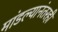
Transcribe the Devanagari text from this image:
मांडल्यानंतरही